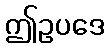
ဤဥပဒေ